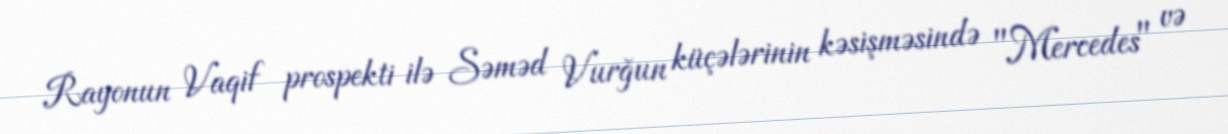
Rayonun Vaqif prospekti ilə Səməd Vurğun küçələrinin kəsişməsində "Mercedes" və